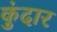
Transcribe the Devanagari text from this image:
कुंदार